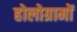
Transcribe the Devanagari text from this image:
होलोग्रामों